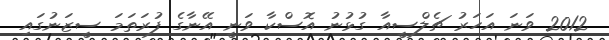
2012 ވަނަ އަހަރު ޗެލްސީއާ ގުޅުނު އޮސްކާ ވަނީ އޭނާގެ ފުރަތަމަ ސީޒަނުގައި